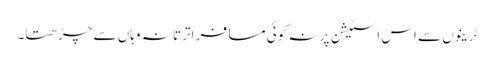
ٹرینوں سے اس اسٹیشن پر نہ کوئی مسافر اترتا نہ وہاں سے چڑھتا۔